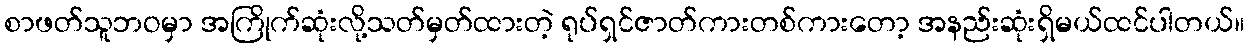
စာဖတ်သူဘဝမှာ အကြိုက်ဆုံးလို့သတ်မှတ်ထားတဲ့ ရုပ်ရှင်ဇာတ်ကားတစ်ကားတော့ အနည်းဆုံးရှိမယ်ထင်ပါတယ်။